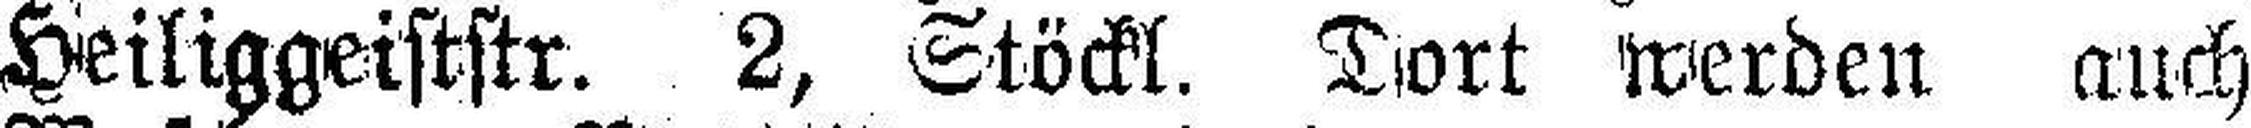
Heiliggeiststr. 2, Stöckl. Tort werden auch